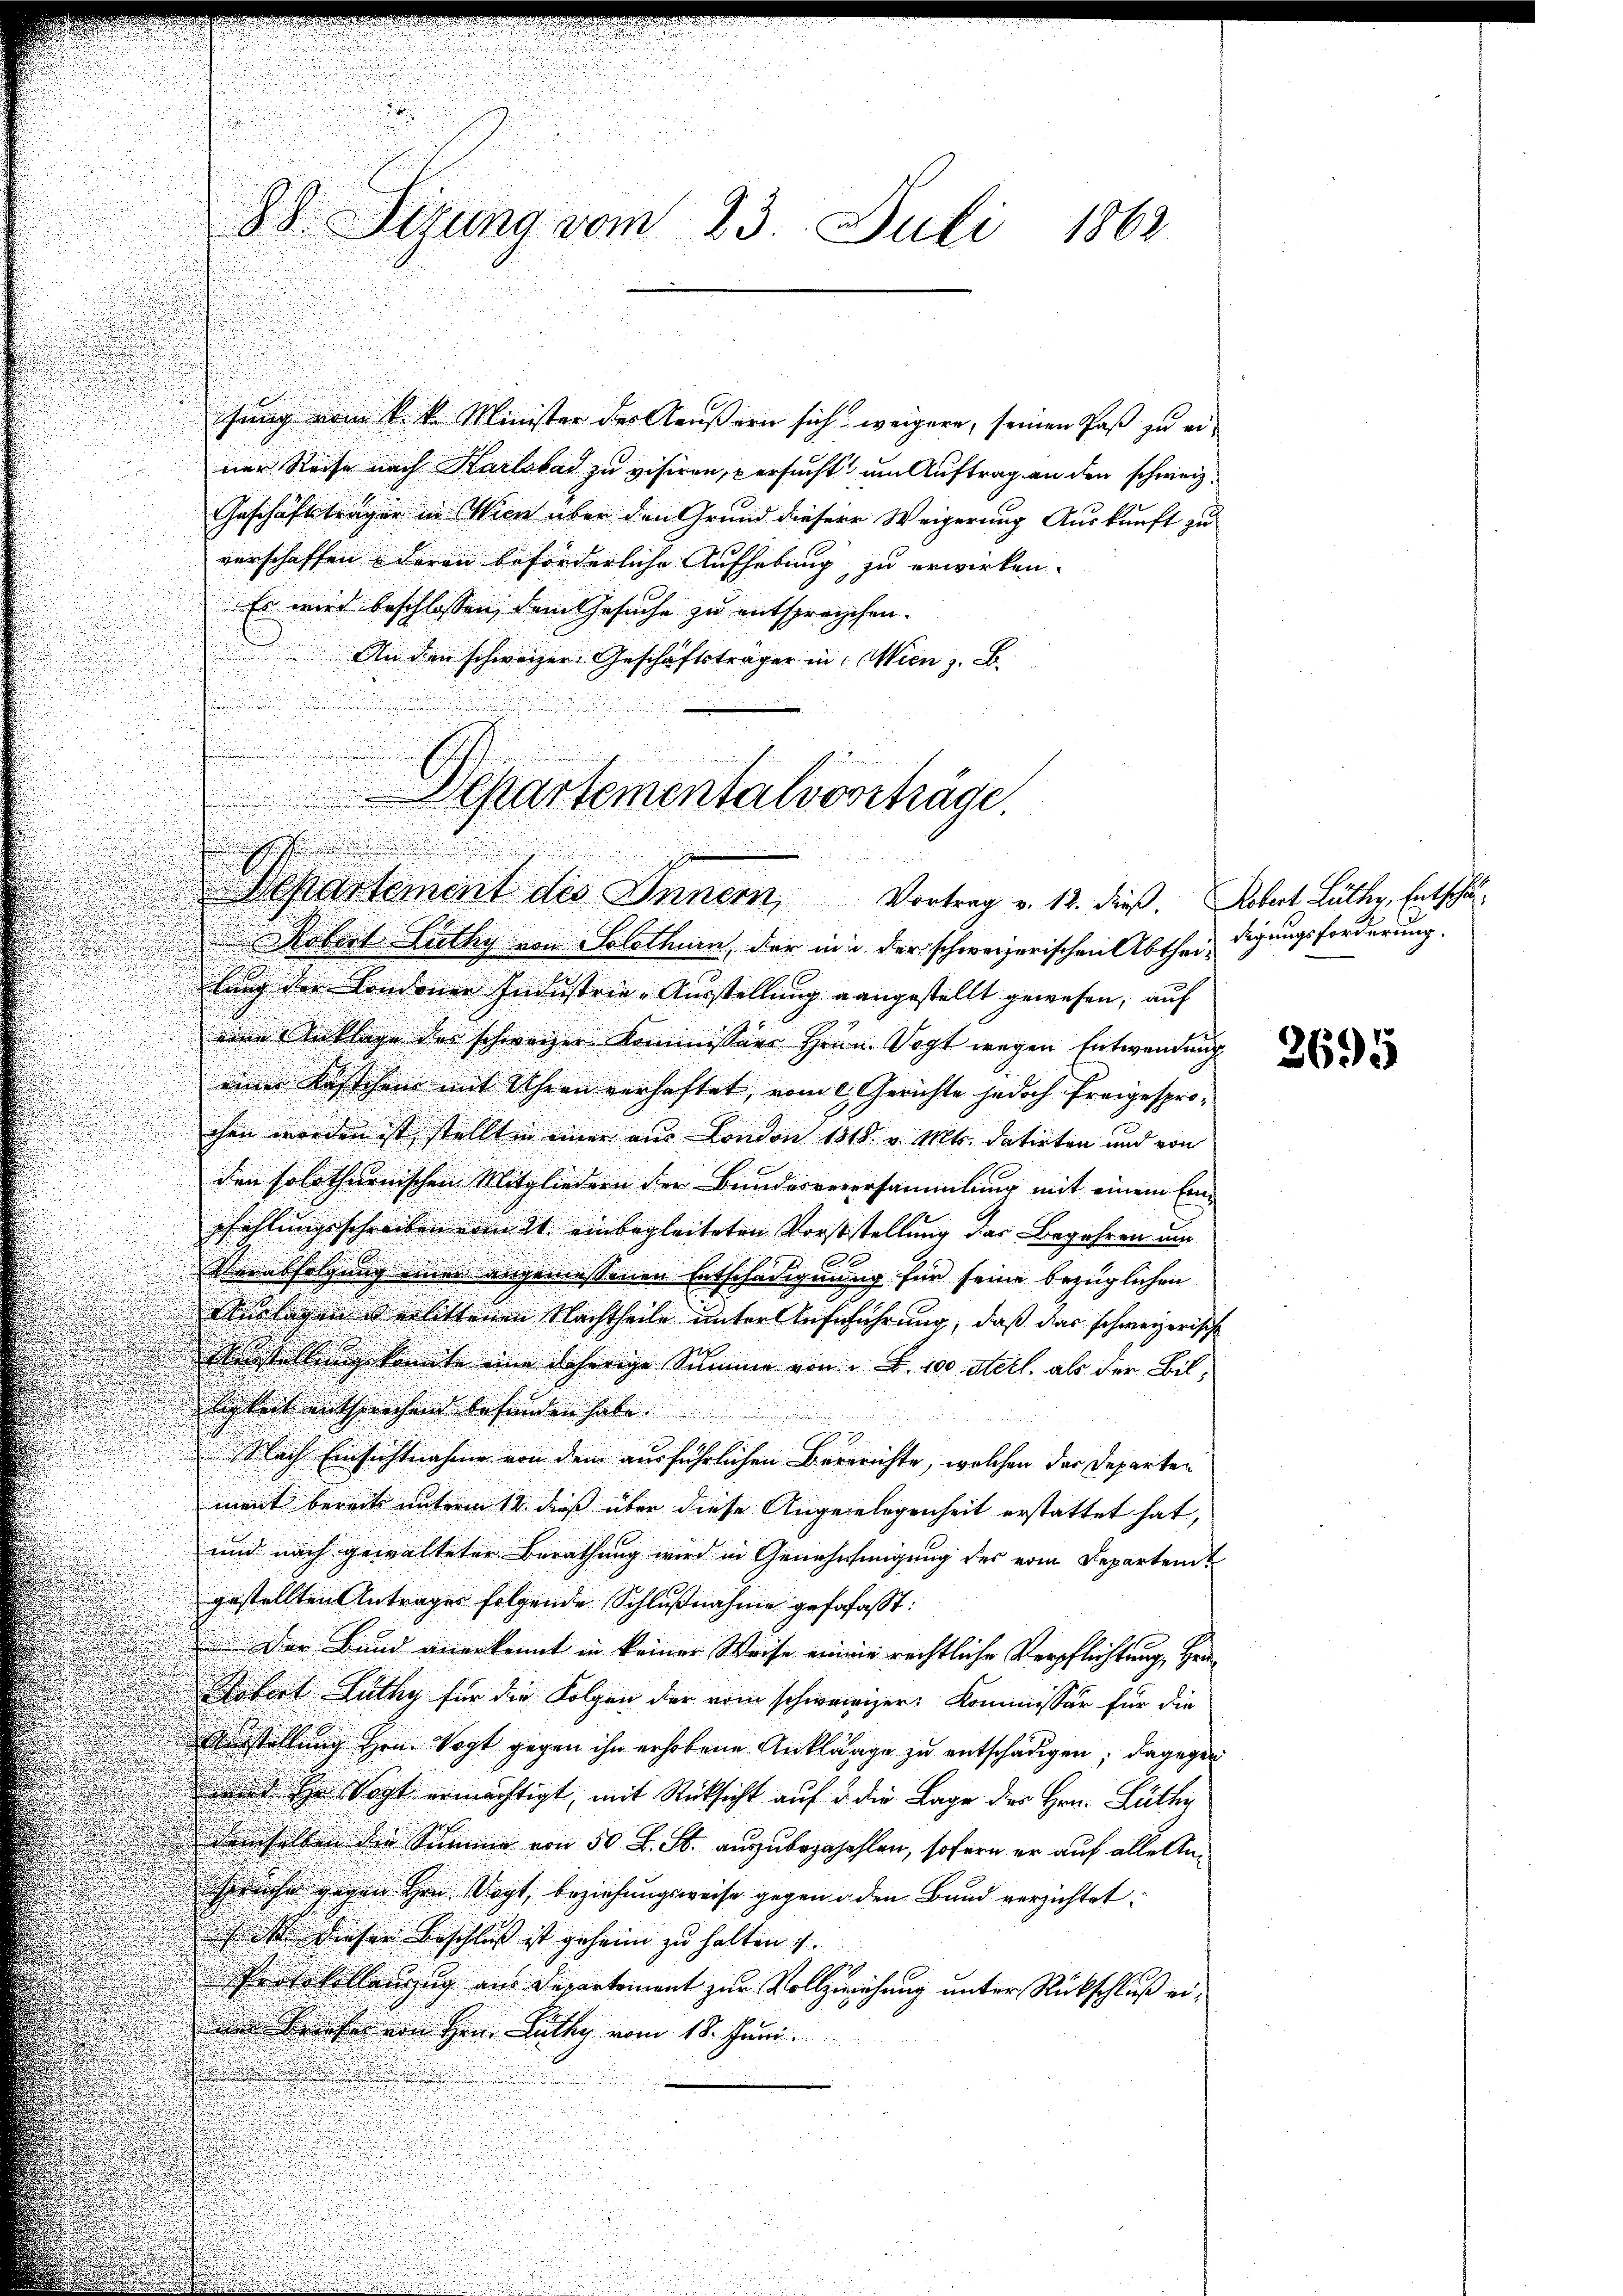
Es wird beschlossen, dem Gesuche zu entspreischen.
An den schweizer Geschäftsträger in Wien z. B.

88. Sizung vom 23. Juli 1862.

hung vom k. k. Minister des Aeußern sich weigere, seinen Paß zu ei¬

Robert Lüthy von Solothurn, der in der schweizerischen Abtheidigungsforderung.
lung der Londoner Industrie-Ausstellung angestellt gewesen, auf
eine Anklage des schweizer Kommissär Hrrn. Vogt wegen Entwendung
einer Kästchen mit Uhren verhaftet, vom l. Gerichte jedoch freigesprochen worden ist stellt in einer am London 1818. v. Mts. datirten und von
den solothurnischen Mitgliedern der Bundesverersammlung mit einem Einpfehlungsschreiben vom 21. einbegleiteten Vorststellung des Begehren um
Verabfolgung einer angemessenen Entschädigung für seine bezüglichen
Auslagen & erlittenen Nachtheile unter Aufführung, daß das schweizerisch
Erstellung konnte eine daherige Summe von Fr. 100 Stell als der Billichkeit entsprechen befunden habe.
 id es war das
2
Nach Einsichtnahme von dem ausführlichen Bereichte, welchen der Departen
ment bereits unterm 14. dieß über diese Angelegenheit erstattet hat,
und nach gewalteter Berathung wird in Genehmigung des vom Departem
gestellten Antrages folgende Schlußnahme gefofasst:
Der Bund anerkennt in keiner Weise einwie rechtliche Verpflichtung, Her¬
Gefert Lüthy für die Folgen der vom schweizer Kommissär für die
Einstellung Hrn. Vogt gegen ihn erhobene Anklänge zu entschädigen; dagegen
und Hr. Vogt ermächtigt, mit Rücksicht auf u. die Lage der Hrn. Lüthy
demselben die Summe von 50 L. S. auszubezahehlen, sofern er auf alle Anspruche gegen Hrn Dogt, beziehungsweise gegend den Bund verzichtet:
s ist dieser Beschluß ist geheim zu halten
Protokollenzug aus Departement zur Vollziehung unter Rückschluß einn Briefer von Hrn. Lüthy vom 18. Juni.

ner Reise nach Karlsbad zu visiren, versucht um Auftrag an den schweiz.
Geschäftsträger in Wien über den Grund diesere Weigerung Auskunft zu
verschaffen, deren beförderliche Aufhebung zu erwirken.

Departementalvorträge.
1559
Departement des Innern, Vortrag v. 12. dieß. Schat Litter, Entschä¬

3695